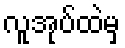
လူအုပ်ထဲမှ